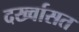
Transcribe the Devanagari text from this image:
दर्ख्वासत